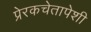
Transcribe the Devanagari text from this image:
प्रेरकचेतापेशी